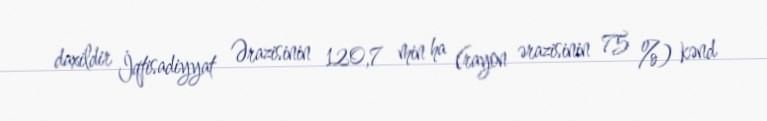
daxildir İqtisadiyyat Ərazisinin 120,7 min ha (rayon ərazisinin 75 %) kənd